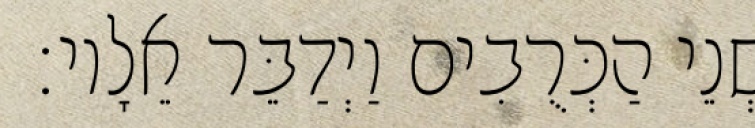
שְׁנֵי הַכְּרֻבִים וַיְדַבֵּר אֵלָיו׃